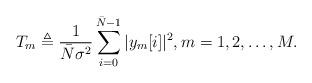
LaTeX: \begin{align*}T_m \triangleq \frac{1}{ \bar{N} \sigma^2} \sum_{i=0}^{\bar{N}-1} | y_m [i] |^2, m=1,2,\ldots,M.\end{align*}